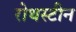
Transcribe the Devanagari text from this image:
रोथस्टीन